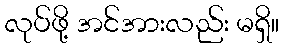
လုပ်ဖို့ အင်အားလည်း မရှိ။